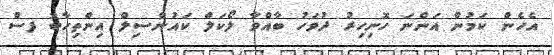
އެހެން ކަމުން އަންނަ ހޮނިހިރު ދުވަހު ބާއްވާ ލޯކަލް ކައުންސިލް އިންތިހާބު ފސް